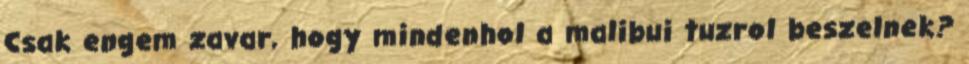
Csak engem zavar, hogy mindenhol a malibui tuzrol beszelnek?